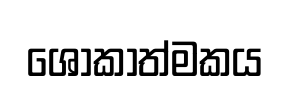
ශෝකාත්මකය